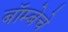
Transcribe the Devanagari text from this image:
बॉम्बेचे